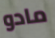
مادو